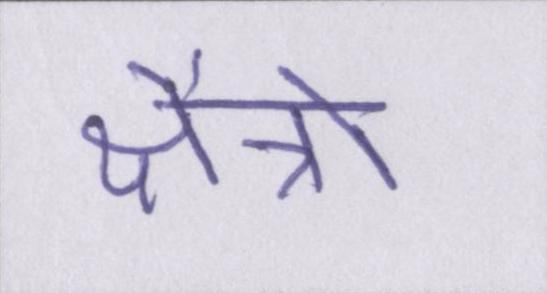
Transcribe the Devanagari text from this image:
क्षैत्रो